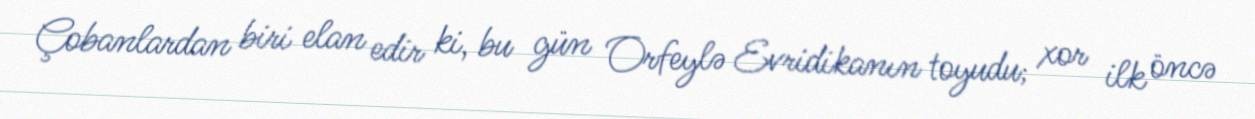
Çobanlardan biri elan edir ki, bu gün Orfeylə Evridikanın toyudu; xor ilk öncə